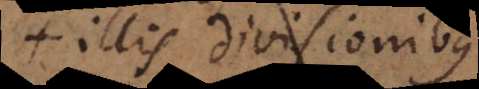
illis divisionibus